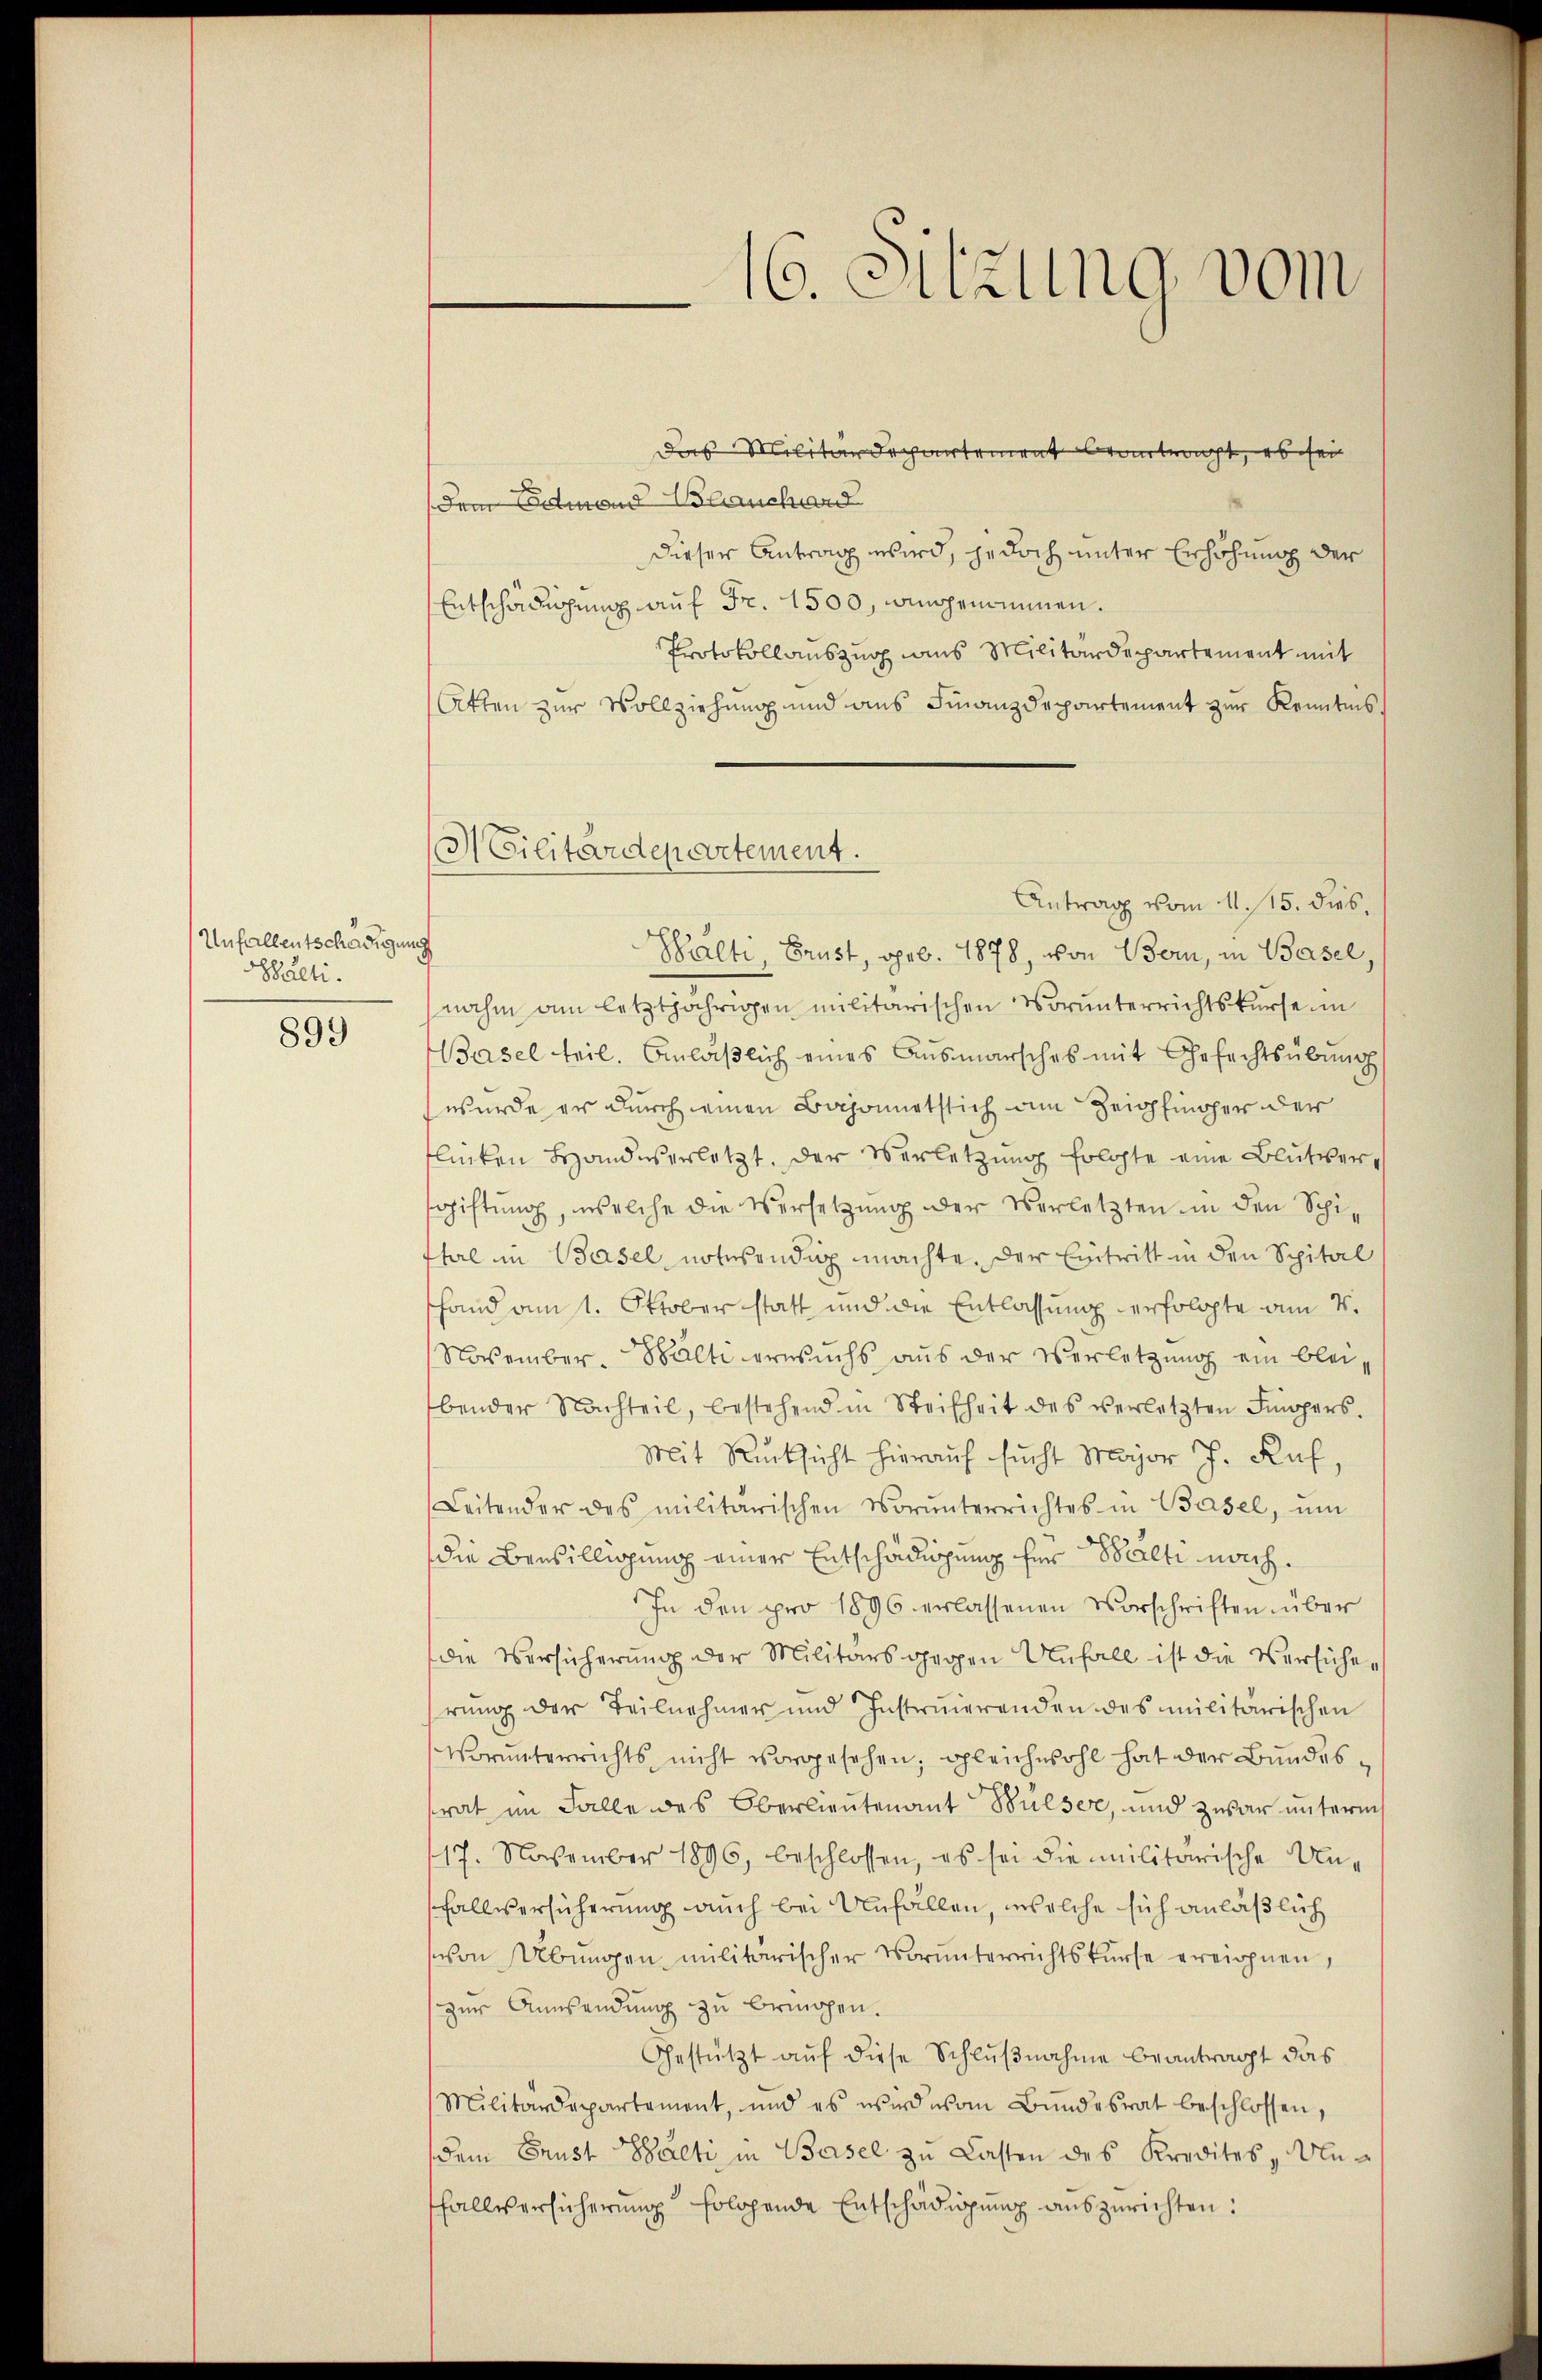
Unfallentschädigung
aeti.

899

Militärdepartement.

16. Sitzung vom

(dem Edtmann Blancher
dieser Antrag wird, jedoch unter Erhöhung der
Entschädigung auf Fr. 1500, angenommen.
Protokollauszug aus Militärdepartement mit
Atten zur Vollziehung und aus Finanzdepartement zur Kenntnis
Antrag vom 11. 115. dies
Walti, Brust, geb. 1878, von Bern, in Basel,
nahm am letztjährigen militärischen Vorunterrichtskurse in
Basel teil. Anläßlich eines Ausmarsches mit Gefechtsübung
wurde er durch einen Bajonetstich am Zeigfincher der
flücken Handeserletzt. Der Verletzung folgte eine Blutvergiftung, welche die Versetzung der Verletzten in den Schithal in Basel notwendig machte. Der Eintritt in den Spital
fand am 1. Oktober statt und die Entlassung erfolgte am 4.
November-Bälte erwuchs aus der Verletzung ein bleibender Nachteil, bestehend in Steifheit des verletzten Fingers.
Mit Rücksicht hierauf sucht Major J. Ruf,
Leitender des militärischen Vorŭnterrichtes in Basel, ŭm
die Bewilligung einer Entschädigung her Balti nach¬
In den pro 1896 erlassenen Vorschriften über
die Versicherung der Militärs gegen Unfall ist die Versicherŭng der Teilnehmer und Instruierenden des militarischen
Vorunterrichts nicht vorgesehen, gleichwohl hat der Bundestrat im Falle des Oberlieutenant Bülser, und zwar unterm
117. November 1896, beschlossen, es sei die militarische Unhallversicherung auch bei Unfällen, welche sich anläßlich
schon Übungen militärischer Vorunterrichtskurse ereignen,
zur Anwendung zu bringen.
Gestützt auf diese Schlußnahme beantragt das
Militärdepartement, und es wird von Bŭndesrat beschlossen,
dem Grust Gaeti in Basel zu Lasten des Kredites, Un¬
Thallversicherung hologende Entschädigung auszurichten:

as Militärdepartement beantracht, es sei